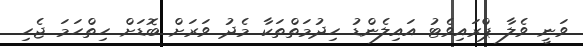
ވަނީ ވެލާ ޕްރައިވެޓު އައިލެންޑު ހިދުމަތްތަކާ މެދު ވަރަށް ބޮޑަށް ހިތްހަމަ ޖެހި